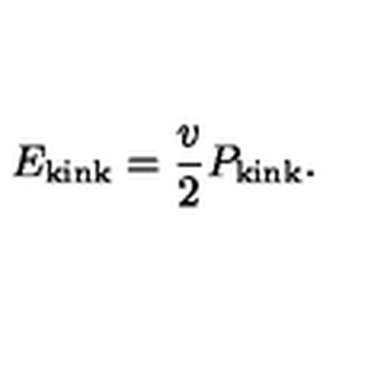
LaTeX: E _ { \mathrm { k i n k } } = \frac v 2 P _ { \mathrm { k i n k } } .